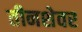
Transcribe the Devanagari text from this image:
तीनशेवर